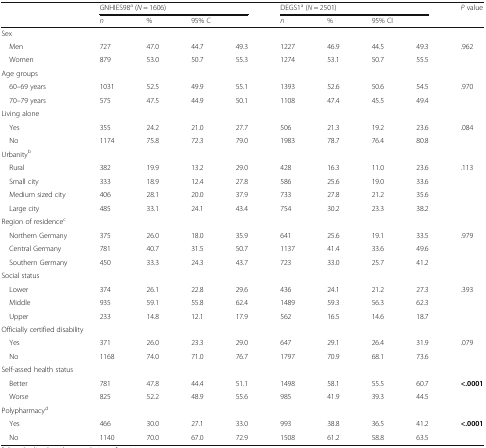
<table><thead><tr><td></td><td colspan="4"><b>GNHIES98<sup>a</sup> (<i>N</i> = 1606)</b></td><td colspan="4"><b>DEGS1<sup>a</sup> (<i>N</i> = 2501)</b></td><td><b><i>P</i> value</b></td></tr><tr><td></td><td><b><i>n</i></b></td><td><b>%</b></td><td colspan="2"><b>95% C</b></td><td><b><i>n</i></b></td><td><b>%</b></td><td colspan="2"><b>95% CI</b></td><td></td></tr></thead><tbody><tr><td colspan="10">Sex</td></tr><tr><td> Men</td><td>727</td><td>47.0</td><td>44.7</td><td>49.3</td><td>1227</td><td>46.9</td><td>44.5</td><td>49.3</td><td>.962</td></tr><tr><td> Women</td><td>879</td><td>53.0</td><td>50.7</td><td>55.3</td><td>1274</td><td>53.1</td><td>50.7</td><td>55.5</td><td></td></tr><tr><td colspan="10">Age groups</td></tr><tr><td> 60–69 years</td><td>1031</td><td>52.5</td><td>49.9</td><td>55.1</td><td>1393</td><td>52.6</td><td>50.6</td><td>54.5</td><td>.970</td></tr><tr><td> 70–79 years</td><td>575</td><td>47.5</td><td>44.9</td><td>50.1</td><td>1108</td><td>47.4</td><td>45.5</td><td>49.4</td><td></td></tr><tr><td colspan="10">Living alone</td></tr><tr><td> Yes</td><td>355</td><td>24.2</td><td>21.0</td><td>27.7</td><td>506</td><td>21.3</td><td>19.2</td><td>23.6</td><td>.084</td></tr><tr><td> No</td><td>1174</td><td>75.8</td><td>72.3</td><td>79.0</td><td>1983</td><td>78.7</td><td>76.4</td><td>80.8</td><td></td></tr><tr><td colspan="10">Urbanity<sup>b</sup></td></tr><tr><td> Rural</td><td>382</td><td>19.9</td><td>13.2</td><td>29.0</td><td>428</td><td>16.3</td><td>11.0</td><td>23.6</td><td>.113</td></tr><tr><td> Small city</td><td>333</td><td>18.9</td><td>12.4</td><td>27.8</td><td>586</td><td>25.6</td><td>19.0</td><td>33.6</td><td></td></tr><tr><td> Medium sized city</td><td>406</td><td>28.1</td><td>20.0</td><td>37.9</td><td>733</td><td>27.8</td><td>21.2</td><td>35.6</td><td></td></tr><tr><td> Large city</td><td>485</td><td>33.1</td><td>24.1</td><td>43.4</td><td>754</td><td>30.2</td><td>23.3</td><td>38.2</td><td></td></tr><tr><td colspan="10">Region of residence<sup>c</sup></td></tr><tr><td> Northern Germany</td><td>375</td><td>26.0</td><td>18.0</td><td>35.9</td><td>641</td><td>25.6</td><td>19.1</td><td>33.5</td><td>.979</td></tr><tr><td> Central Germany</td><td>781</td><td>40.7</td><td>31.5</td><td>50.7</td><td>1137</td><td>41.4</td><td>33.6</td><td>49.6</td><td></td></tr><tr><td> Southern Germany</td><td>450</td><td>33.3</td><td>24.3</td><td>43.7</td><td>723</td><td>33.0</td><td>25.7</td><td>41.2</td><td></td></tr><tr><td colspan="10">Social status</td></tr><tr><td> Lower</td><td>374</td><td>26.1</td><td>22.8</td><td>29.6</td><td>436</td><td>24.1</td><td>21.2</td><td>27.3</td><td>.393</td></tr><tr><td> Middle</td><td>935</td><td>59.1</td><td>55.8</td><td>62.4</td><td>1489</td><td>59.3</td><td>56.3</td><td>62.3</td><td></td></tr><tr><td> Upper</td><td>233</td><td>14.8</td><td>12.1</td><td>17.9</td><td>562</td><td>16.5</td><td>14.6</td><td>18.7</td><td></td></tr><tr><td colspan="10">Officially certified disability</td></tr><tr><td> Yes</td><td>371</td><td>26.0</td><td>23.3</td><td>29.0</td><td>647</td><td>29.1</td><td>26.4</td><td>31.9</td><td>.079</td></tr><tr><td> No</td><td>1168</td><td>74.0</td><td>71.0</td><td>76.7</td><td>1797</td><td>70.9</td><td>68.1</td><td>73.6</td><td></td></tr><tr><td colspan="10">Self-assed health status</td></tr><tr><td> Better</td><td>781</td><td>47.8</td><td>44.4</td><td>51.1</td><td>1498</td><td>58.1</td><td>55.5</td><td>60.7</td><td><b>&lt;.0001</b></td></tr><tr><td> Worse</td><td>825</td><td>52.2</td><td>48.9</td><td>55.6</td><td>985</td><td>41.9</td><td>39.3</td><td>44.5</td><td></td></tr><tr><td colspan="10">Polypharmacy<sup>d</sup></td></tr><tr><td> Yes</td><td>466</td><td>30.0</td><td>27.1</td><td>33.0</td><td>993</td><td>38.8</td><td>36.5</td><td>41.2</td><td><b>&lt;.0001</b></td></tr><tr><td> No</td><td>1140</td><td>70.0</td><td>67.0</td><td>72.9</td><td>1508</td><td>61.2</td><td>58.8</td><td>63.5</td><td></td></tr></tbody></table>